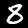
Digit: 8